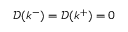
\mathcal { D } ( k ^ { - } ) = \mathcal { D } ( k ^ { + } ) = 0